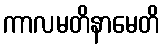
ကာလမတိနာမေတိ